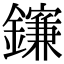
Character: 𨮄